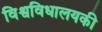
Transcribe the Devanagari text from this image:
विश्वविधालयकी